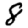
Digit: 8